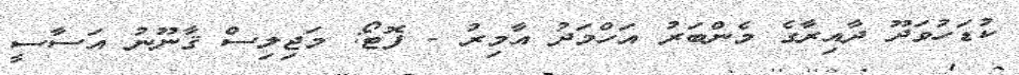
ކުޑަހުވަދޫ ދާއިރާގެ މެންބަރު އަހްމަދު އާމިރު - ފޮޓޯ: މަޖިލިސް ޤާނޫނު އަސާސީ